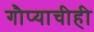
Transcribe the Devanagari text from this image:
गौप्याचीही